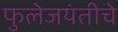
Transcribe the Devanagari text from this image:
फुलेजयंतीचे